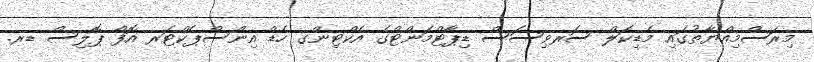
މިރަސްމިއްޔާތުގައި މެޑިކަލް ސަރވިސަސް ޑިޕާޓްމަންޓްގެ އެކްޓިންގ ހެޑް އިންސްޕެކްޓަރ އޮފް ޕޮލިސް ޑރ.